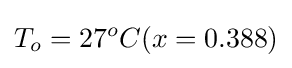
T_{o}=27^{o}C(x=0.388)